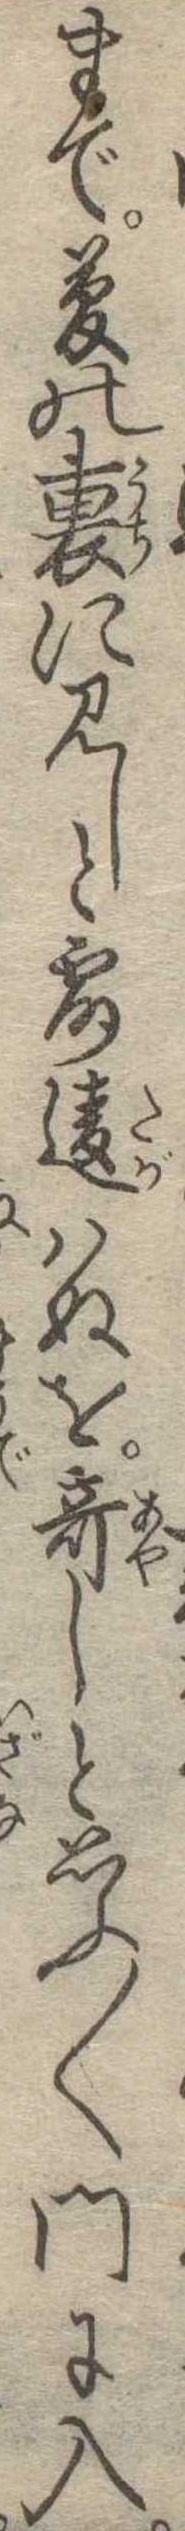
まで夢の裏に見しと露違はぬを奇しと思ふ〱門に入